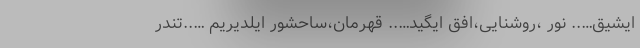
ایشیق….. نور ،روشنایی،افق ایگید….. قهرمان،ساحشور ایلدیریم …..تندر